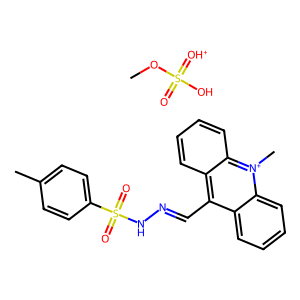
SMILES: COS(=O)(O)=[OH+].Cc1ccc(S(=O)(=O)NN=Cc2c3ccccc3[n+](C)c3ccccc23)cc1
Inhibits HIV replication: No